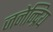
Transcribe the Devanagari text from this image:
जनेन्द्रिय